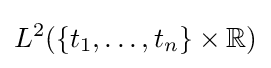
L^{2}(\{t_{1},\dots ,t_{n}\}\times \mathbb {R} )